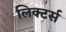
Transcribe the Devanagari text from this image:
लिक्टर्स